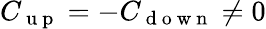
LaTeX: C_{\mathrm{~u~p~}}=-C_{\mathrm{~d~o~w~n~}}\neq 0